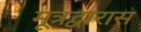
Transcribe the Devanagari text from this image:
मूत्रद्वारास